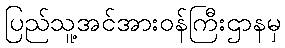
ပြည်သူ့အင်အားဝန်ကြီးဌာနမှ